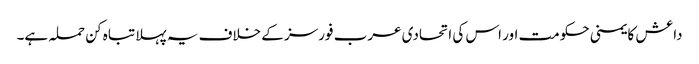
داعش کا یمنی حکومت اور اس کی اتحادی عرب فورسز کے خلاف یہ پہلا تباہ کن حملہ ہے۔